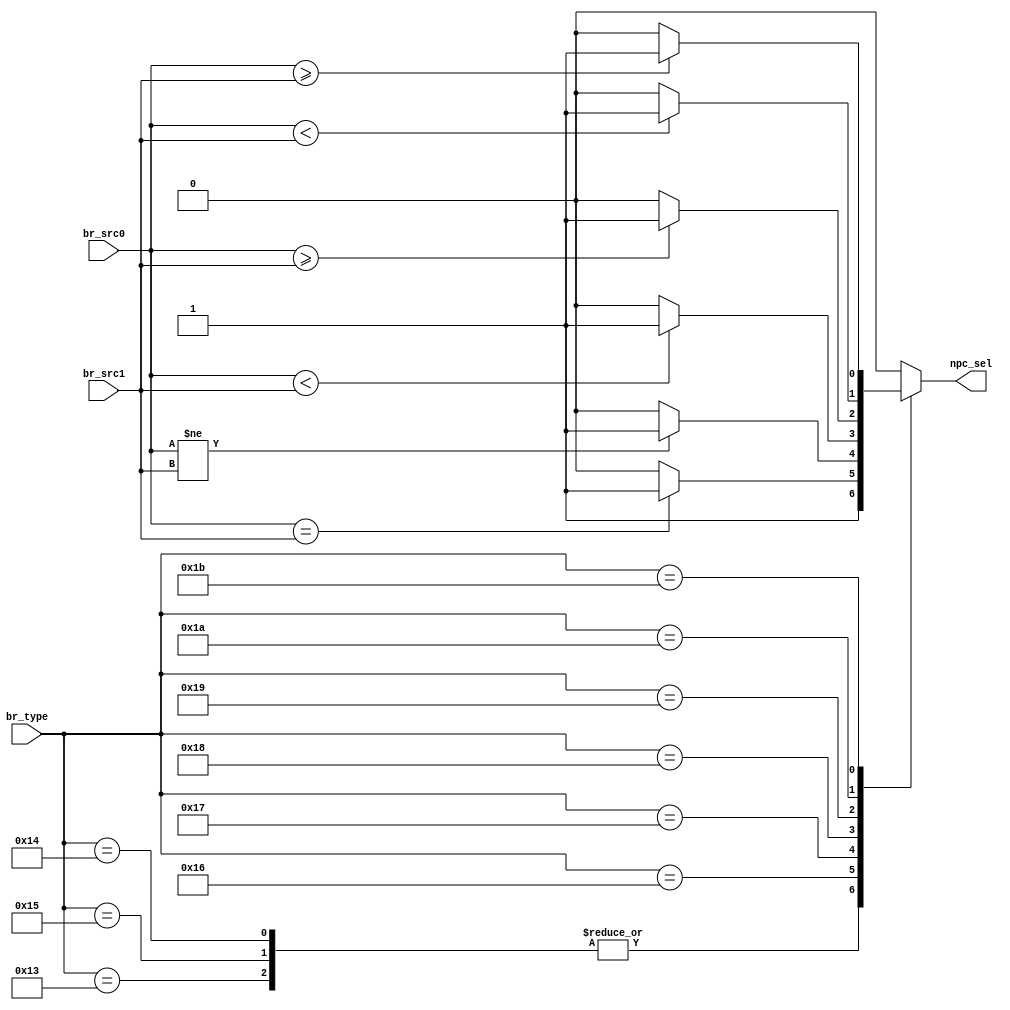
`define JIRL_B     6'b010011
`define B_B        6'b010100
`define BL_B       6'b010101
`define BEQ_B      6'b010110
`define BNE_B      6'b010111
`define BLT_B      6'b011000
`define BGE_B      6'b011001
`define BLTU_B     6'b011010
`define BGEU_B     6'b011011

module BRANCH(
    //
    input   [ 5: 0]     br_type,
    //,br_src0:rj,br_src1:rd
    input   [31: 0]     br_src0,
    input   [31: 0]     br_src1,
    //npc
    output reg [ 0: 0]     npc_sel
    );
    //npc_sel,1'b0pc_add4,1'b1pc_offset
    always @(*) begin
        //JIRL:1'b1
        //BBL:1'b1
        //BEQBNEBLTBGEBLTUBGEU:1'b1,1'b0
        case(br_type)
            `JIRL_B   :
                npc_sel = 1'b1;
            `B_B,`BL_B:
                npc_sel = 1'b1;
            `BEQ_B    :
                npc_sel = (br_src0==br_src1)?1'b1:1'b0;
            `BNE_B    :
                npc_sel = (br_src0!=br_src1)?1'b1:1'b0;
            `BLT_B    :
                npc_sel = ($signed(br_src0)<$signed(br_src1))?1'b1:1'b0;
            `BGE_B    :
                npc_sel = ($signed(br_src0)>=$signed(br_src1))?1'b1:1'b0;
            `BLTU_B   :
                npc_sel = (br_src0<br_src1)?1'b1:1'b0;
            `BGEU_B   :
                npc_sel = (br_src0>=br_src1)?1'b1:1'b0;
            default   :
                npc_sel = 1'b0;
        endcase
    end
endmodule